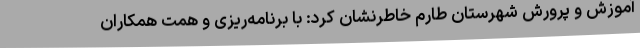
آموزش و پرورش شهرستان طارم خاطرنشان کرد: با برنامه‌ریزی و همت همکاران